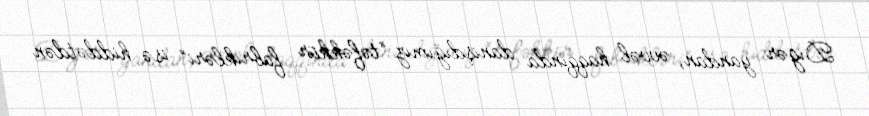
Digər yandan, əvvəl haqqında danışdığımız “təfəkkür fabrikləri” isə hiddətdən